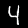
Digit: 4